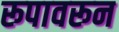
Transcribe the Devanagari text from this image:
रूपावरून